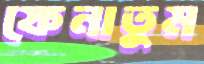
ফেনাতুম